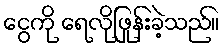
ငွေကို ရေလိုဖြုန်းခဲ့သည်။